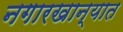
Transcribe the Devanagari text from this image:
नगारखान्यात